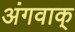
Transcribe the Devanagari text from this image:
अंगवाक्